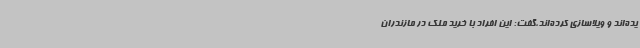
یده‌اند و ویلاسازی کرده‌اند،گفت: این افراد با خرید ملک در مازندران